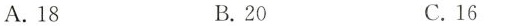
A.18 B.20 C.16